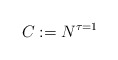
\begin{align*} C := N^{\tau = 1}\end{align*}